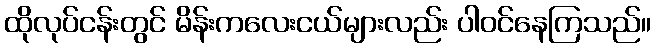
ထိုလုပ်ငန်းတွင် မိန်းကလေးငယ်များလည်း ပါဝင်နေကြသည်။